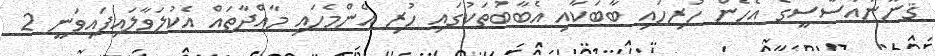
ޤާނޫނުއަސާސީގެ އެހެން ހުރިހައި ބާބަކާއި އެބާބުތަކުގައި ހުރި އެންމެހައި މާއްދާތައް އެކުލަވާލައިފައިވަނީ 2